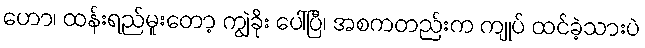
ဟော၊ ထန်းရည်မူးတော့ ကျွဲခိုး ပေါ်ပြီ၊ အစကတည်းက ကျုပ် ထင်ခဲ့သားပဲ